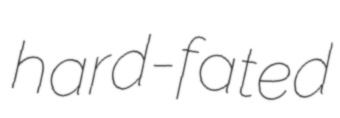
hard-fated